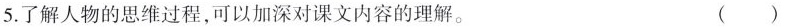
5.了解人物的思维过程，可以加深对课 文内容的理解。( )